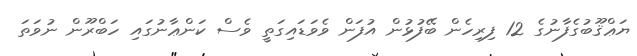
ޔަޢްޤޫބުގެފާނުގެ 12 ފިރިހެން ބޭފުޅުން އުފަން ވެވަޑައިގަތީ ވެސް ކަންޢާނުގައި ހަބްރޫން ނުވަތަ